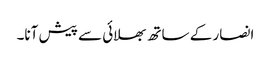
انصار کے ساتھ بھلائی سے پیش آنا۔